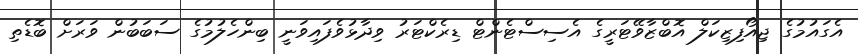
އެގައުމުގެ ޖިއޯފިޒިކަލް އޮބްޒާވޭޓަރީގެ އެސިސްޓެންޓް ޑިރެކްޓަރު ވިދާޅުވެފައިވަނީ ބިންހެލުމުގެ ސަބަބުން ވަރަށް ބޮޑެތި